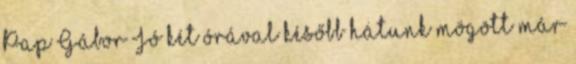
Pap Gábor Jó két órával később hátunk mögött már